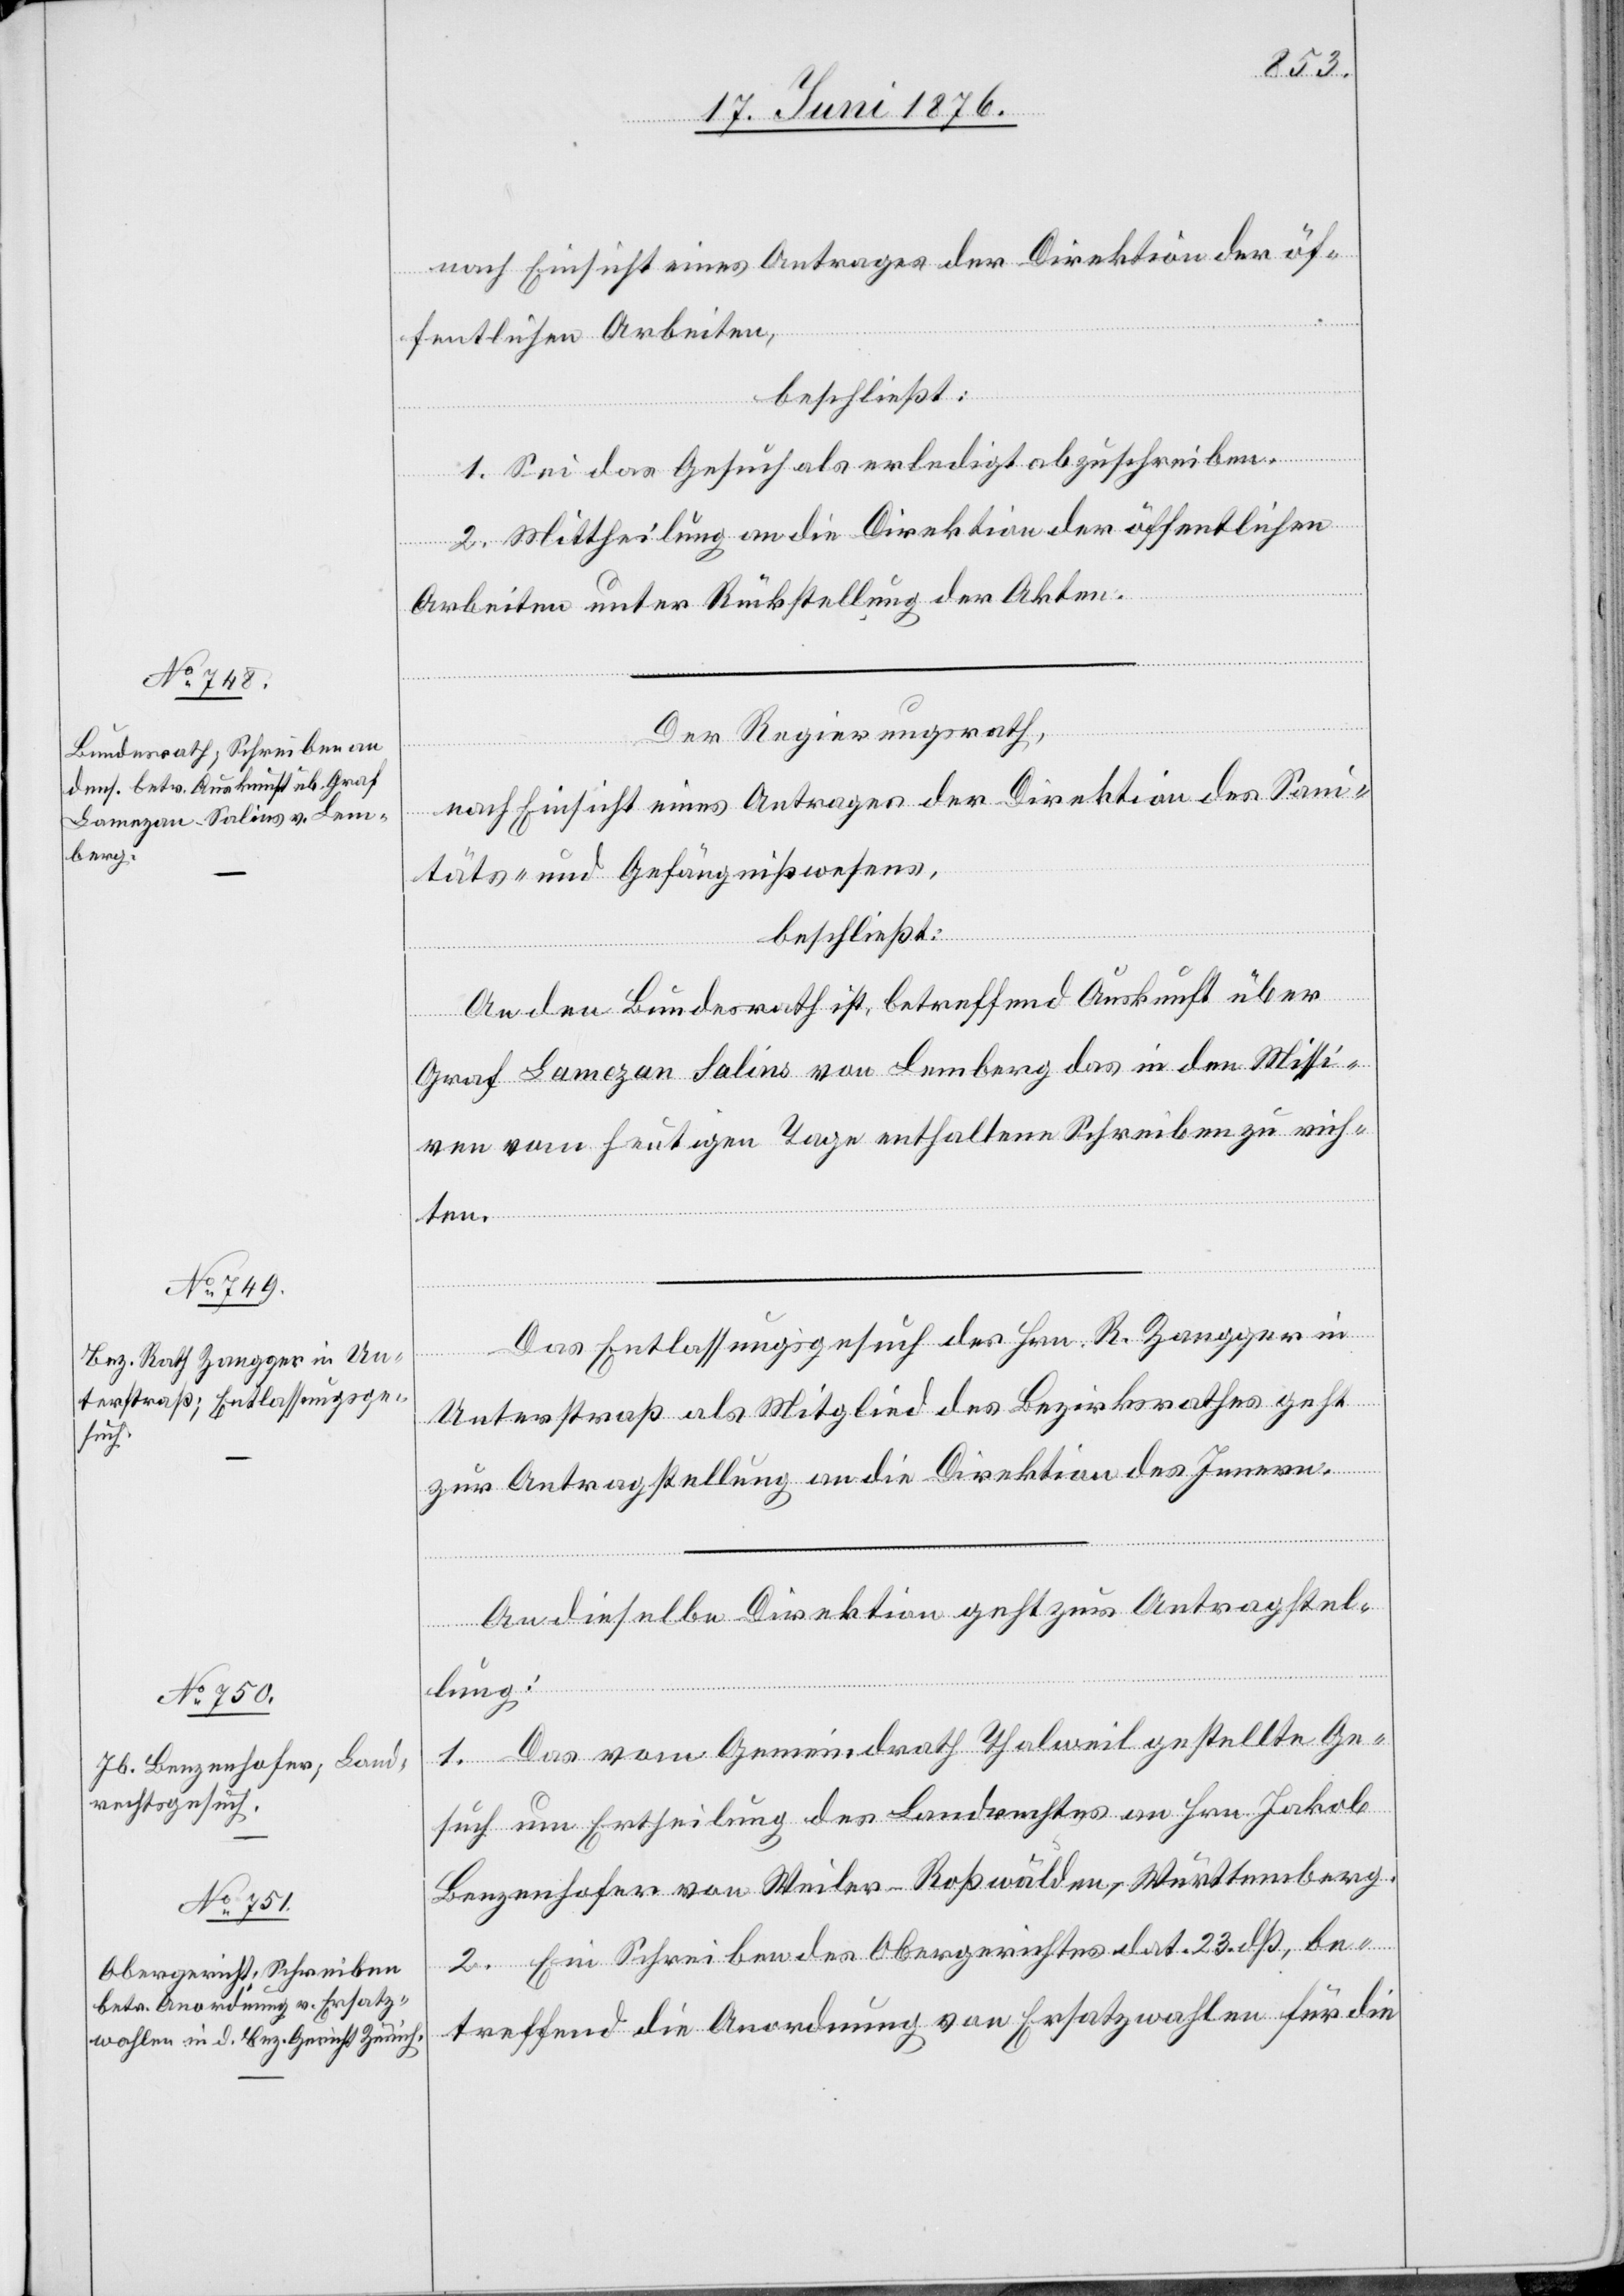
23. Juni 1876.]
nach Einsicht eines Antrages der Direktion der öf¬
fentlichen Arbeiten,
beschließt:
1. Sei das Gesuch als erledigt abzuschreiben.
2. Mittheilung an die Direktion der öffentlichen
Arbeiten unter Rückstellung der Akten.
Der Regierungsrath,
nach Einsicht eines Antrages der Direktion des Sani¬
täts- und Gefängnißwesens,
beschließt:
An den Bundesrath ist, betreffend Auskunft über
Graf Lamezan Salins von Lemberg das in den Missi¬
ven vom heutigen Tage enthaltene Schreiben zu rich¬
ten.
Das Entlassungsgesuch des Hrn. R. Zangger in
Unterstraß als Mitglied des Bezirksrathes geht
zur Antragstellung an die Direktion des Innern.
An dieselbe Direktion geht zur Antragstel¬
lung:
1. Das vom Gemeindrath Thalweil gestellte Ge¬
such um Ertheilung des Landrechtes an Hrn. Jakob
Benzenhofer von Weiler - Roßwälden, Württemberg.
2. Ein Schreiben des Obergerichtes dat. 23. dß, be¬
treffend die Anordnung von Ersatzwahlen für die